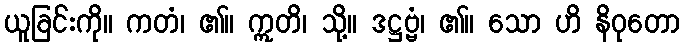
ယူခြင်းကို။ ကတံ၊ ၏။ ဣတိ၊ သို့။ ဒဋ္ဌဗ္ဗံ၊ ၏။ သော ဟိ နိဝုတော